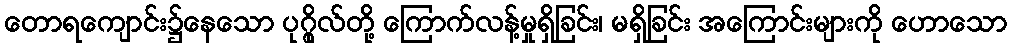
တောရကျောင်း၌နေသော ပုဂ္ဂိုလ်တို့ ကြောက်လန့်မှုရှိခြင်း၊ မရှိခြင်း အကြောင်းများကို ဟောသော